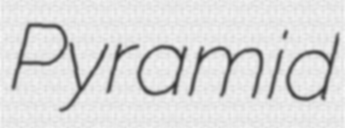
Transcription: Pyramid